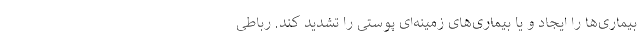
بیماری‌ها را ایجاد و یا بیماری‌های زمینه‌ای پوستی را تشدید کند. رباطی